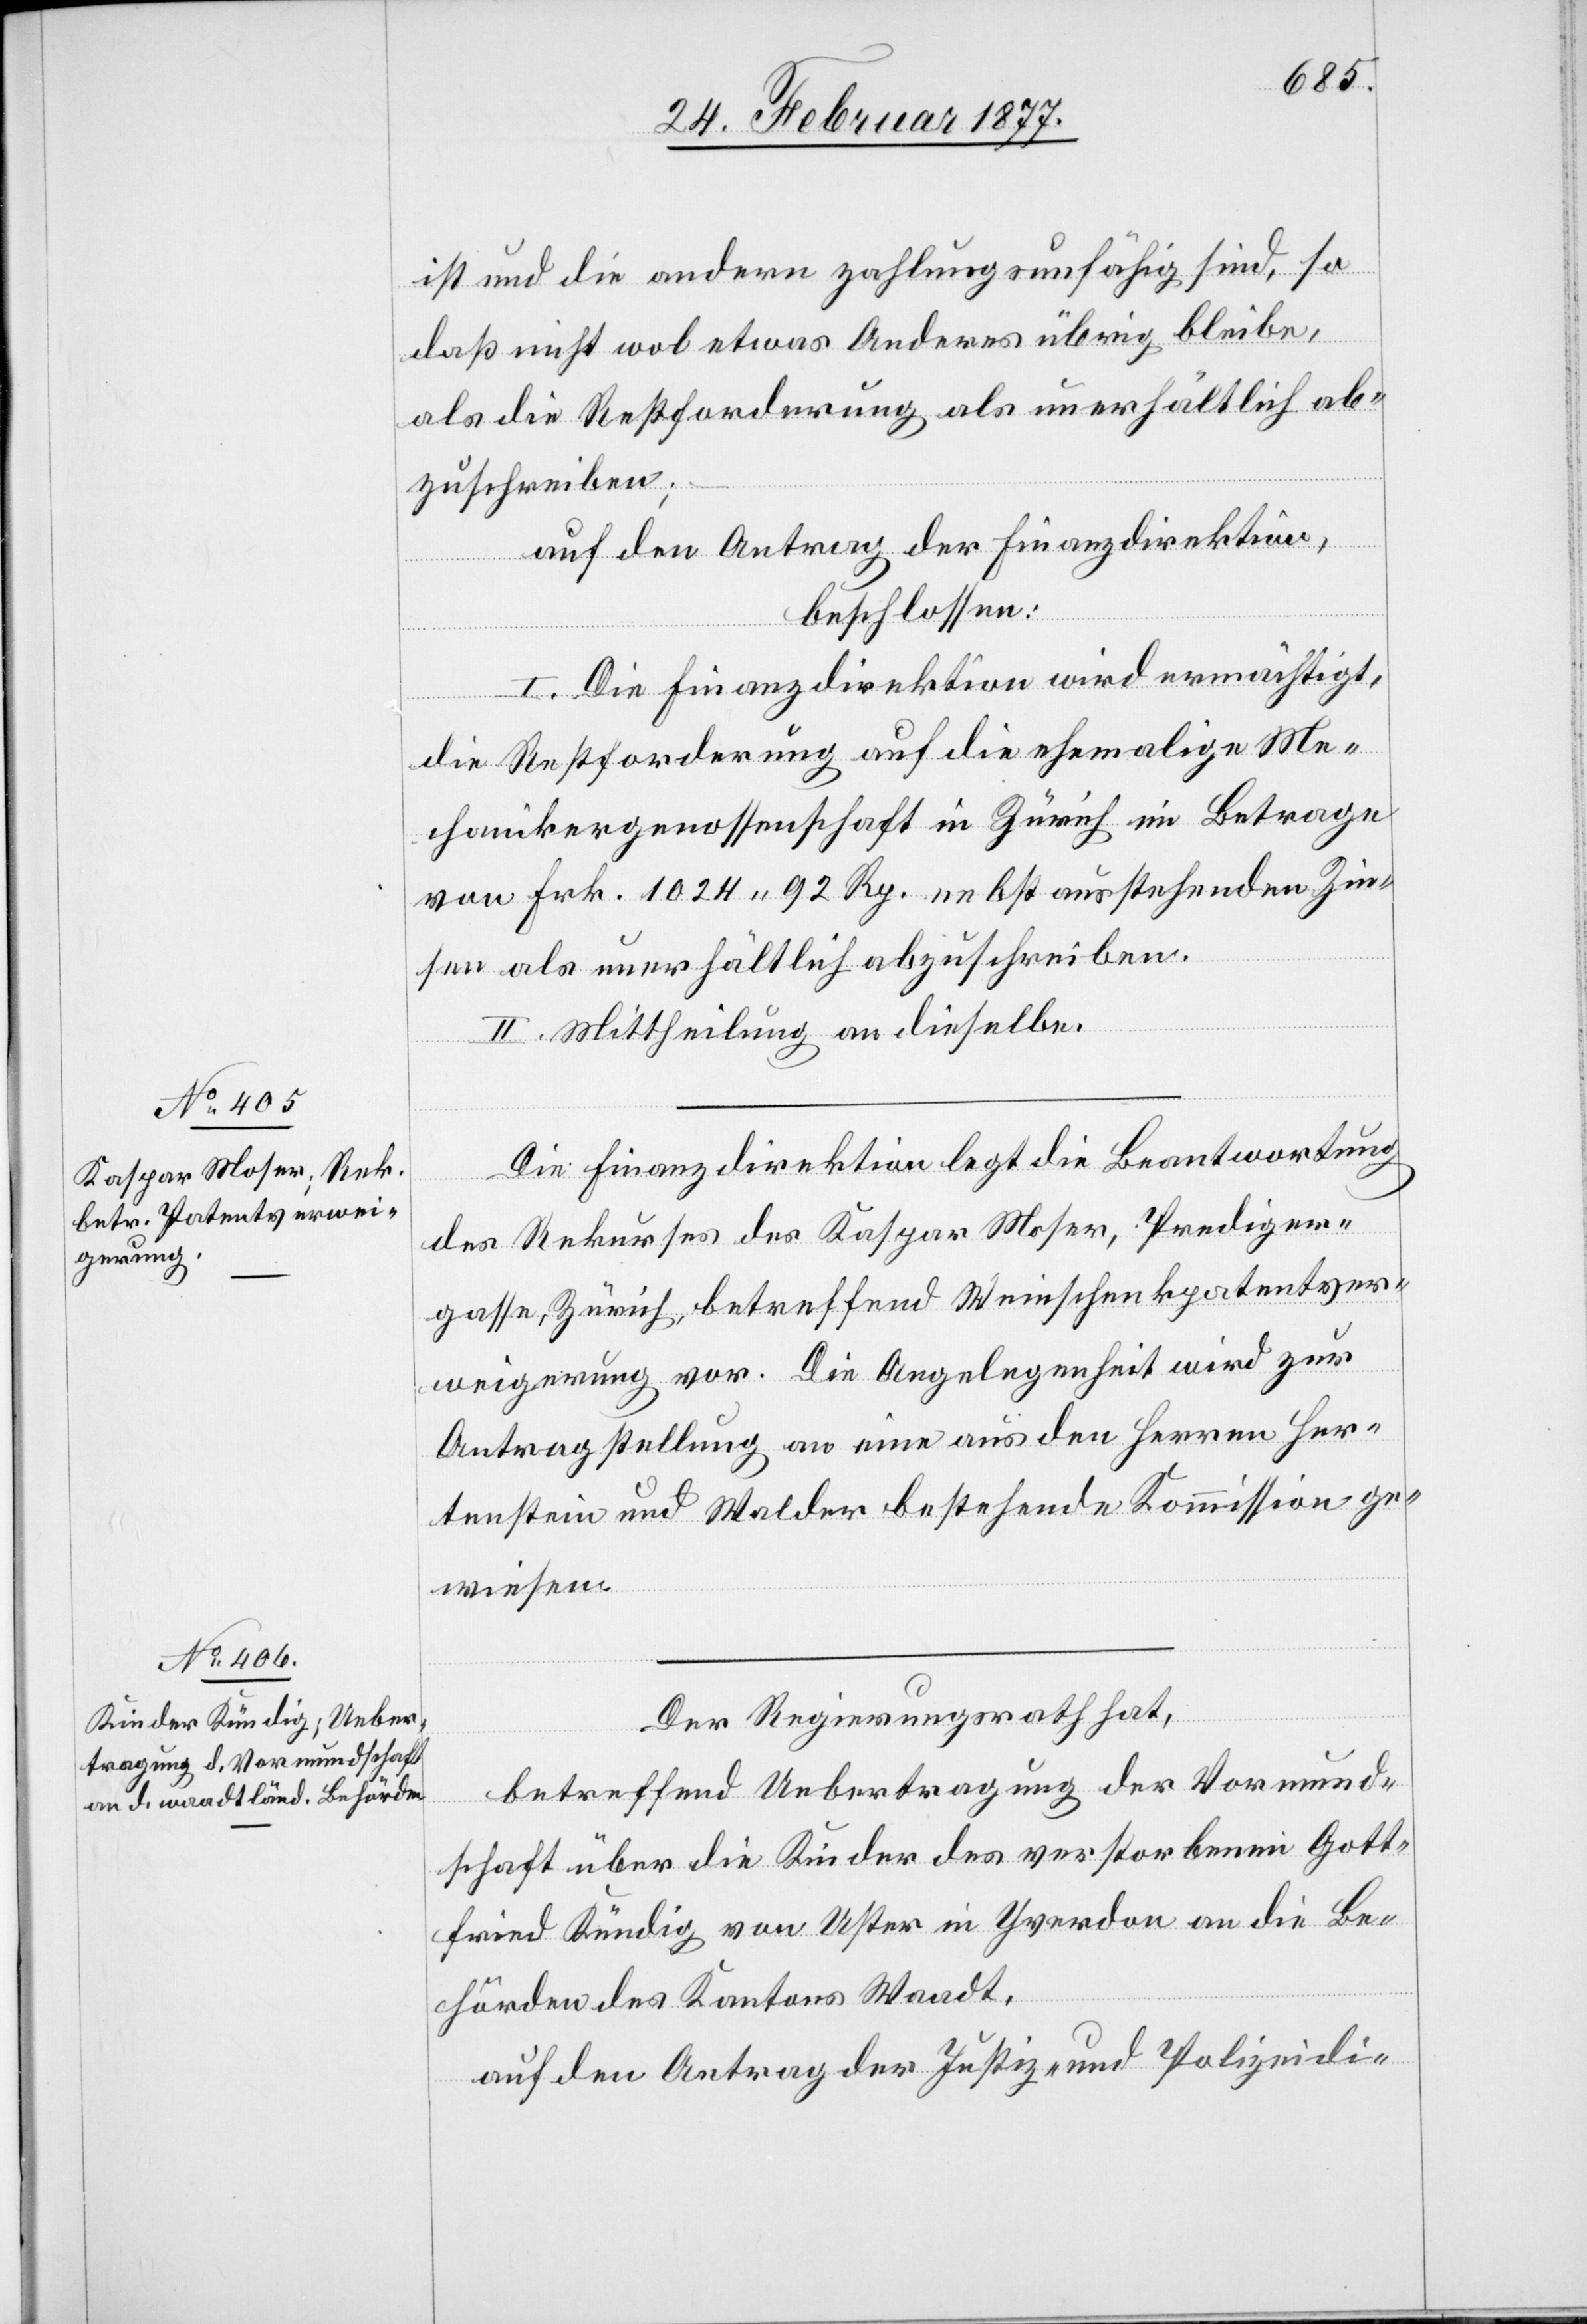
ist und die andern zahlungsunfähig sind, so
daß nicht wol etwas Anderes übrig bleibe,
als die Restforderung als unerhältlich ab¬
zuschreiben:
auf den Antrag der Finanzdirektion,
beschlossen:
I. Die Finanzdirektion wird ermächtigt,
die Restforderung auf die ehemalige Me¬
chanikergenossenschaft in Zürich im Betrage
von Frk. 1024 92 Rp. nebst ausstehenden Zin¬
sen als unerhältlich abzuschreiben.
II. Mittheilung an dieselbe.
Die Finanzdirektion legt die Beantwortung
des Rekurses des Kaspar Moser, Prediger¬
gasse, Zürich, betreffend Weinschenkpatentver¬
weigerung vor. Die Angelegenheit wird zur
Antragstellung an eine aus den Herren Her¬
tenstein und Walder bestehende Kommission ge¬
wiesen.
Der Regierungsrath hat,
betreffend Uebertragung der Vormund¬
schaft über die Kinder des verstorbenen Gott¬
fried Kündig von Uster in Yverdon an die Be¬
hörden des Kantons Waadt,
auf den Antrag der Justiz- und Polizeidi-